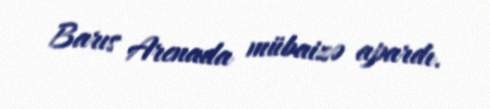
Barıs Arenada mübaizə apardı.